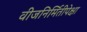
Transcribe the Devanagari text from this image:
वीजनिर्मितीपेक्षा